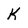
Character: K